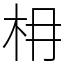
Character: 枏